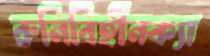
রুনিবিহীনক্যা